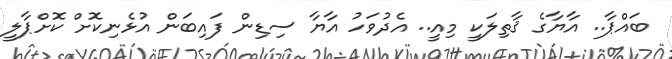
ބައްޕާ.. އާޔާގެ ޤާތިލަކީ މިއީ.. އެދުވަހު އާޔާ ސިޑިން ފައިބަން އުޅެނިކޮށް ކޮށްޕާލީ